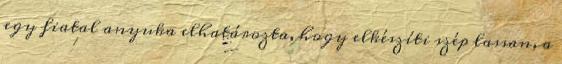
egy fiatal anyuka elhatározta, hogy elkészíti szép lassan, a